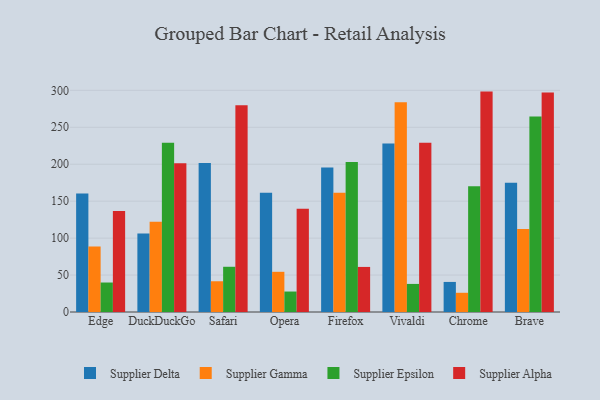
{"axis": {"x": "Browser", "y": "Energy Usage (MWh)"}, "legend": ["Supplier Alpha", "Supplier Delta", "Supplier Epsilon", "Supplier Gamma"], "data": [{"x": "Edge", "y": 160.4, "type": "Supplier Delta"}, {"x": "Edge", "y": 88.8, "type": "Supplier Gamma"}, {"x": "Edge", "y": 39.9, "type": "Supplier Epsilon"}, {"x": "Edge", "y": 136.7, "type": "Supplier Alpha"}, {"x": "DuckDuckGo", "y": 106.3, "type": "Supplier Delta"}, {"x": "DuckDuckGo", "y": 122.0, "type": "Supplier Gamma"}, {"x": "DuckDuckGo", "y": 229.1, "type": "Supplier Epsilon"}, {"x": "DuckDuckGo", "y": 201.3, "type": "Supplier Alpha"}, {"x": "Safari", "y": 201.5, "type": "Supplier Delta"}, {"x": "Safari", "y": 41.6, "type": "Supplier Gamma"}, {"x": "Safari", "y": 61.2, "type": "Supplier Epsilon"}, {"x": "Safari", "y": 279.9, "type": "Supplier Alpha"}, {"x": "Opera", "y": 161.4, "type": "Supplier Delta"}, {"x": "Opera", "y": 54.4, "type": "Supplier Gamma"}, {"x": "Opera", "y": 27.7, "type": "Supplier Epsilon"}, {"x": "Opera", "y": 139.9, "type": "Supplier Alpha"}, {"x": "Firefox", "y": 195.6, "type": "Supplier Delta"}, {"x": "Firefox", "y": 161.4, "type": "Supplier Gamma"}, {"x": "Firefox", "y": 203.1, "type": "Supplier Epsilon"}, {"x": "Firefox", "y": 61.0, "type": "Supplier Alpha"}, {"x": "Vivaldi", "y": 228.1, "type": "Supplier Delta"}, {"x": "Vivaldi", "y": 283.9, "type": "Supplier Gamma"}, {"x": "Vivaldi", "y": 38.0, "type": "Supplier Epsilon"}, {"x": "Vivaldi", "y": 229.2, "type": "Supplier Alpha"}, {"x": "Chrome", "y": 40.7, "type": "Supplier Delta"}, {"x": "Chrome", "y": 26.0, "type": "Supplier Gamma"}, {"x": "Chrome", "y": 170.2, "type": "Supplier Epsilon"}, {"x": "Chrome", "y": 298.3, "type": "Supplier Alpha"}, {"x": "Brave", "y": 174.9, "type": "Supplier Delta"}, {"x": "Brave", "y": 112.2, "type": "Supplier Gamma"}, {"x": "Brave", "y": 264.7, "type": "Supplier Epsilon"}, {"x": "Brave", "y": 297.2, "type": "Supplier Alpha"}]}